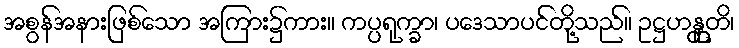
အစွန်အနားဖြစ်သော အကြား၌ကား။ ကပ္ပရုက္ခာ၊ ပဒေသာပင်တို့သည်။ ဥဋ္ဌဟန္တူတိ၊